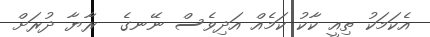
އެކަމަކު ތިއީ ކާކު ކަމެއް އަދިވެސް ނޭނގެ  ރާޔާ ދުރަށް